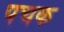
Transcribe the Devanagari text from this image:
पचक